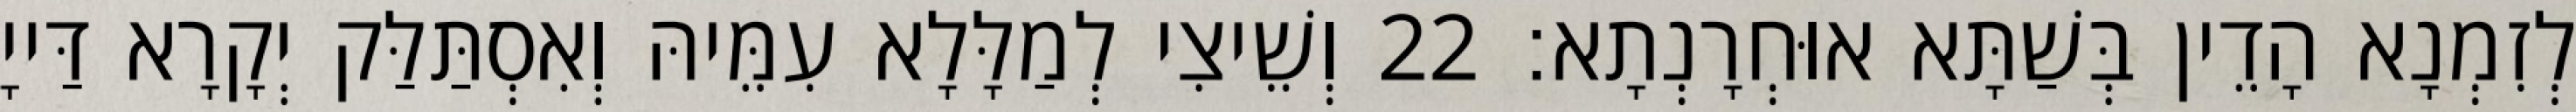
לְזִמְנָא הָדֵין בְּשַׁתָּא אוּחְרָנְתָא׃ 22 וְשֵׁיצִי לְמַלָּלָא עִמֵּיהּ וְאִסְתַּלַּק יְקָרָא דַּייָ